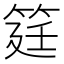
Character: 筳